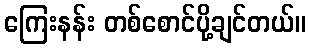
ကြေးနန်း တစ်စောင်ပို့ချင်တယ်။